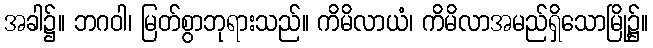
အခါ၌။ ဘဂဝါ၊ မြတ်စွာဘုရားသည်။ ကိမိလာယံ၊ ကိမိလာအမည်ရှိသောမြို့၌။